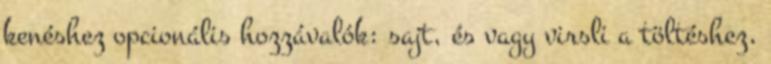
kenéshez opcionális hozzávalók: sajt, és vagy virsli a töltéshez,